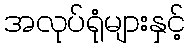
အလုပ်ရုံများနှင့်